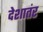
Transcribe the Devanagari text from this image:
देशातंर